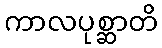
ကာလပုစ္ဆာတိ